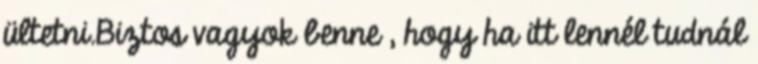
ültetni.Biztos vagyok benne , hogy ha itt lennél tudnál